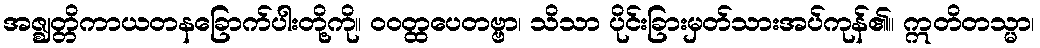
အဇ္ဈတ္တိကာယတနခြောက်ပါးတို့ကို။ ဝဝတ္ထပေတဗ္ဗာ၊ သိသာ ပိုင်းခြားမှတ်သားအပ်ကုန်၏။ ဣတိတသ္မာ၊